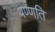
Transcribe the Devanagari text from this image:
पण्णति